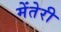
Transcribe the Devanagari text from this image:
मेंतेरी